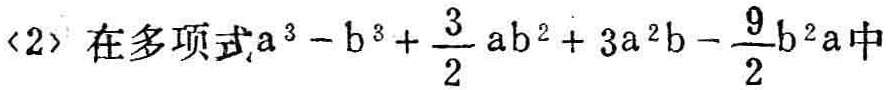
(2) 在多项式\(a^{3}-b^{3}+\frac{3}{2}ab^{2}+3a^{2}b - \frac{9}{2}b^{2}a\)中